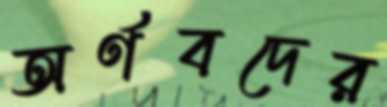
অর্ণবদের